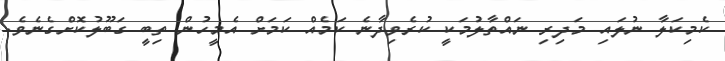
ކެމިކަލާ ނުލައި މަދިރި ނައްތާލުމަކީ ކުރެވިދާނެ ކަމެއް ކަމަށް އެމީހުން ތިބީ ގަބޫލުކޮށްގެނެވެ.